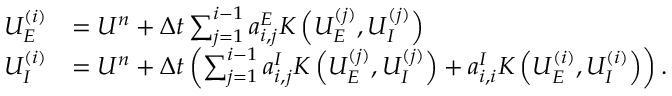
\begin{array} { r l } { U _ { E } ^ { ( i ) } } & { = U ^ { n } + \Delta t \sum _ { j = 1 } ^ { i - 1 } a _ { i , j } ^ { E } K \left( U _ { E } ^ { ( j ) } , U _ { I } ^ { ( j ) } \right) } \\ { U _ { I } ^ { ( i ) } } & { = U ^ { n } + \Delta t \left( \sum _ { j = 1 } ^ { i - 1 } a _ { i , j } ^ { I } K \left( U _ { E } ^ { ( j ) } , U _ { I } ^ { ( j ) } \right) + a _ { i , i } ^ { I } K \left( U _ { E } ^ { ( i ) } , U _ { I } ^ { ( i ) } \right) \right) . } \end{array}